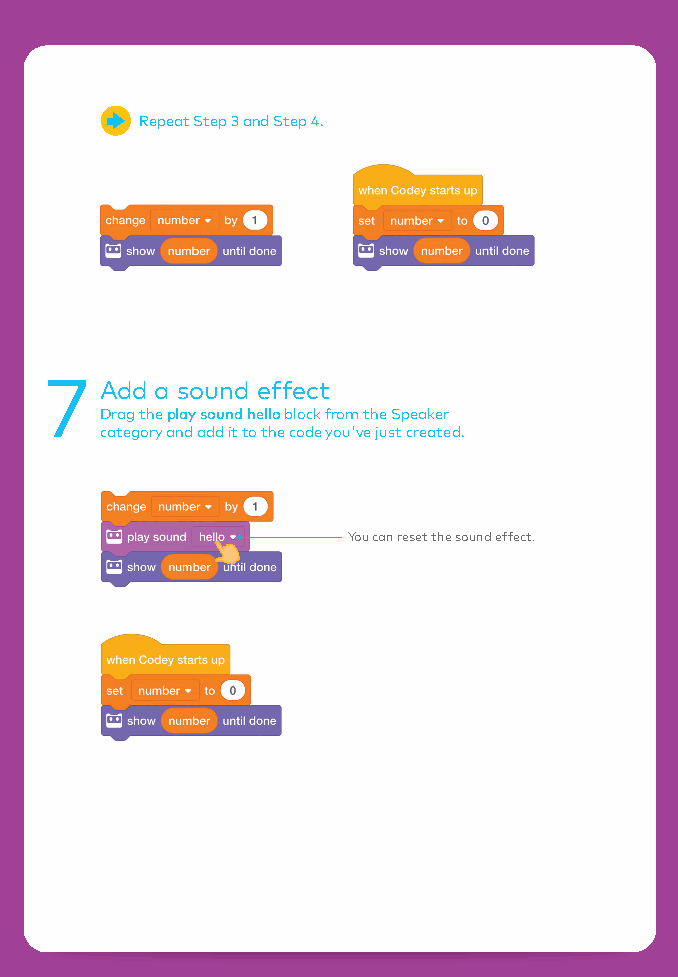
Repeat Step 3 and Step 4.
 7   Add a sound effect
 Drag the play sound hello block from the Speaker
 category and add it to the code you've just created.
 You can reset the sound effect.